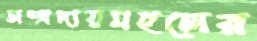
সম্প্রদায়মহলের